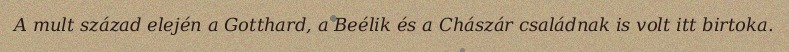
A mult század elején a Gotthard, a Beélik és a Chászár családnak is volt itt birtoka.